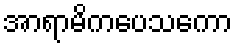
အာရာမိကပေသကော